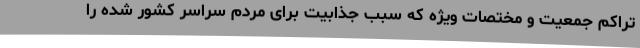
تراکم جمعیت و مختصات ویژه که سبب جذابیت برای مردم سراسر کشور شده را